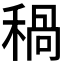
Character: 𥠁